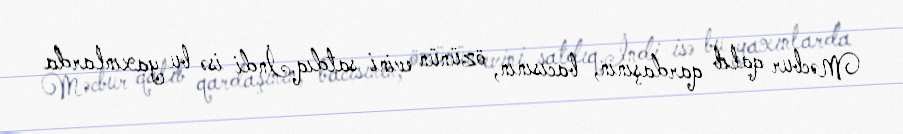
Məcbur qalıb qardaşının, bacısının, özünün evini satdıq.İndi isə bu yaxınlarda